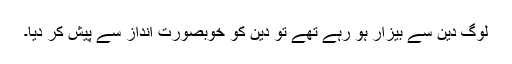
لوگ دین سے بیزار ہو رہے تھے تو دین کو خوبصورت انداز سے پیش کر دیا۔